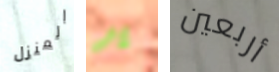
المنزل ير أربعين